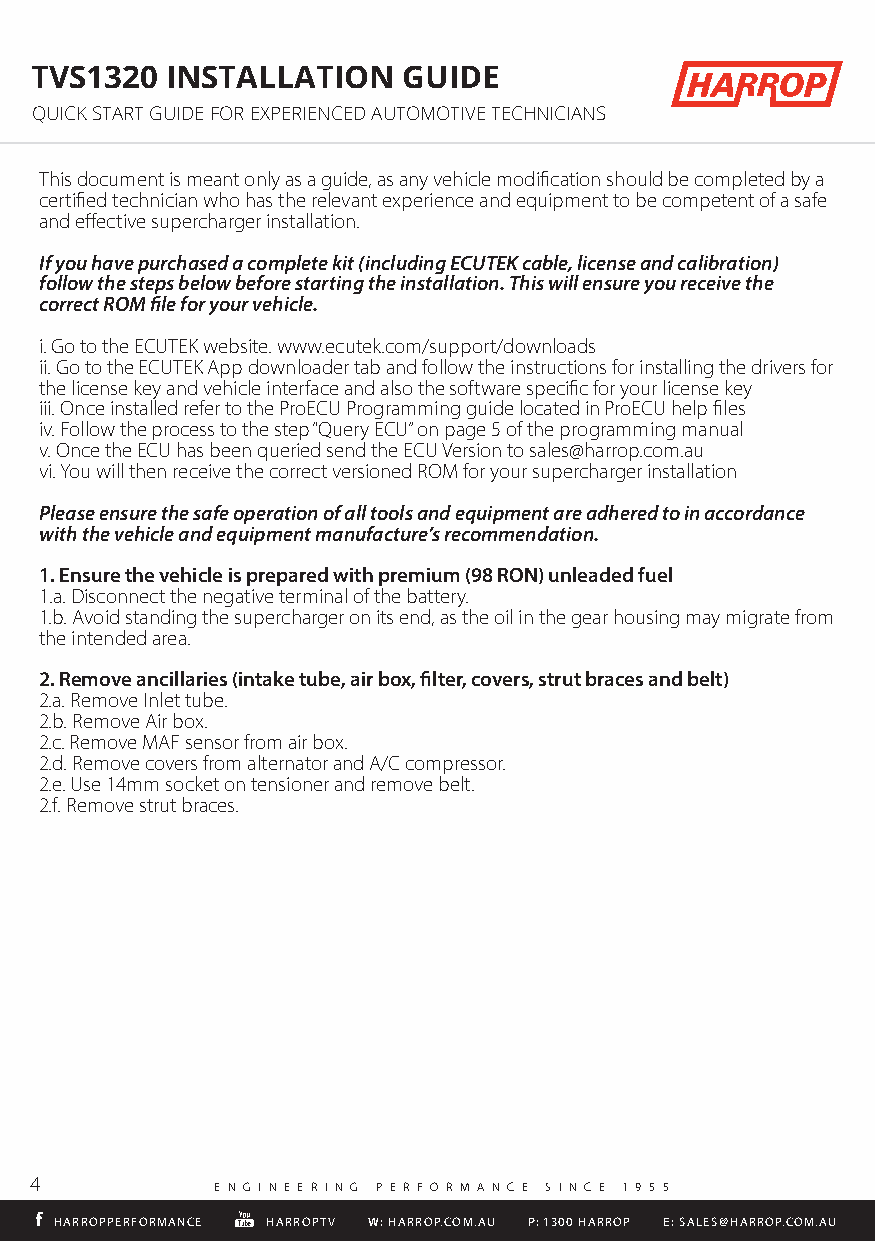
TVS1320  INSTALLATION    GUIDE
 QUICK START GUIDE FOR EXPERIENCED AUTOMOTIVE TECHNICIANS
 This document is meant only as a guide, as any vehicle modification should be completed by a
 certified technician who has the relevant experience and equipment to be competent of a safe
 and effective supercharger installation.
 If you have purchased a complete kit (including ECUTEK cable, license and calibration)
 follow the steps below before starting the installation. This will ensure you receive the
 correct ROM file for your vehicle.
 i. Go to the ECUTEK website. www.ecutek.com/support/downloads
 ii. Go to the ECUTEK App downloader tab and follow the instructions for installing the drivers for
 the license key and vehicle interface and also the software specific for your license key
 iii. Once installed refer to the ProECU Programming guide located in ProECU help files
 iv. Follow the process to the step “Query ECU” on page 5 of the programming manual
 v. Once the ECU has been queried send the ECU Version to sales@harrop.com.au
 vi. You will then receive the correct versioned ROM for your supercharger installation
 Please ensure the safe operation of all tools and equipment are adhered to in accordance
 with the vehicle and equipment manufacture’s recommendation.
 1. Ensure the vehicle is prepared with premium (98 RON) unleaded fuel
 1.a. Disconnect the negative terminal of the battery.
 1.b. Avoid standing the supercharger on its end, as the oil in the gear housing may migrate from
 the intended area.
 2. Remove ancillaries (intake tube, air box, filter, covers, strut braces and belt)
 2.a. Remove Inlet tube.
 HARROPPERFORMANCE 2 . b . HRAeRmROoPvTeV A i r bWo: HxA.RROP.COM.AU P: 1300 HARROP E: SALES@HARROP.COM.AU
 2.c. Remove MAF sensor from air box.
 2.d. Remove covers from alternator and A/C compressor.
 2.e. Use 14mm socket on tensioner and remove belt.
 2.f. Remove strut braces.
 4
 E N G I N E E R I N G P E R F O R M A N C E S I N C E 1 9 5 5
 HHAARRRROOPPPPEERRFFOORRMMAANNCCEE HHAARRRROOPPTTVV WW:: HHAARRRROOPP..CCOOMM..AAUU PP:: 11330000 HHAARRRROOPP EE:: SSAALLEESS@@HHAARRRROOPP..CCOOMM..AAUU